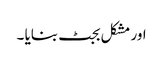
اور مشکل بجٹ بنایا ۔